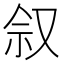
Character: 𪠩